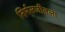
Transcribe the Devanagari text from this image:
निर्मलजीतला